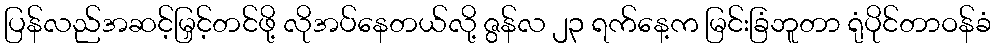
ပြန်လည်အဆင့်မြှင့်တင်ဖို့ လိုအပ်နေတယ်လို့ ဇွန်လ ၂၃ ရက်နေ့က မြင်းခြံဘူတာ ရုံပိုင်တာဝန်ခံ